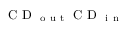
\mathrm { ~ C ~ D ~ } _ { \mathrm { ~ o ~ u ~ t ~ } } \mathrm { ~ C ~ D ~ } _ { \mathrm { ~ i ~ n ~ } }